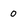
Character: 0